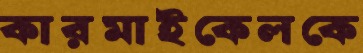
কারমাইকেলকে